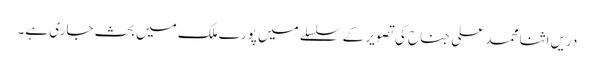
دریں اثنا محمد علی جناح کی تصویر کے سلسلے میں پورے ملک میں بحث جاری ہے۔